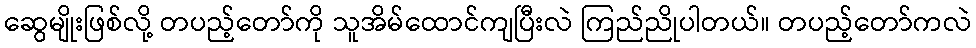
ဆွေမျိုးဖြစ်လို့ တပည့်တော်ကို သူအိမ်ထောင်ကျပြီးလဲ ကြည်ညိုပါတယ်။ တပည့်တော်ကလဲ